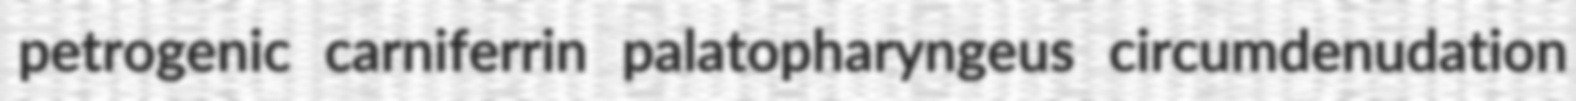
petrogenic carniferrin palatopharyngeus circumdenudation